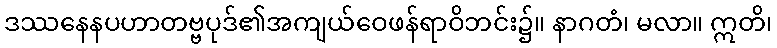
ဒဿနေနပဟာတဗ္ဗပုဒ်၏အကျယ်ဝေဖန်ရာဝိဘင်း၌။ နာဂတံ၊ မလာ။ ဣတိ၊